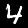
Label: 4